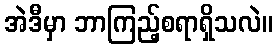
အဲဒီမှာ ဘာကြည့်စရာရှိသလဲ။